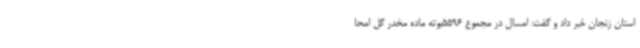
استان زنجان خبر داد و گفت: امسال در مجموع 5596بوته ماده مخدر گل امحا